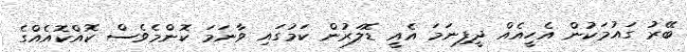
ބޭރު ގައުމަކުން އެހީއެއް ދީފިނަމަ އެއީ ޑޮލަރުން ކަމުގައި ވާނަމަ ކޮންމެވެސް ކޮއްކޮއެއްގެ